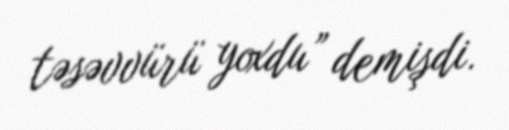
təsəvvürü yoxdu” demişdi.